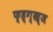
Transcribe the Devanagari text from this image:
फ्ह्ग्ख्ज